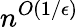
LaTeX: n^{O(1/\epsilon)}